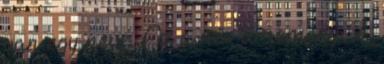
van egy neve. Ez a név a remény. A